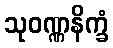
သုဝဏ္ဏနိက္ခံ